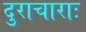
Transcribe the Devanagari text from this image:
दुराचाराः